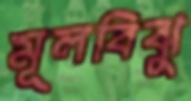
মূলবিঝু